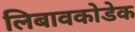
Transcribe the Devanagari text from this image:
लिबावकोडेक